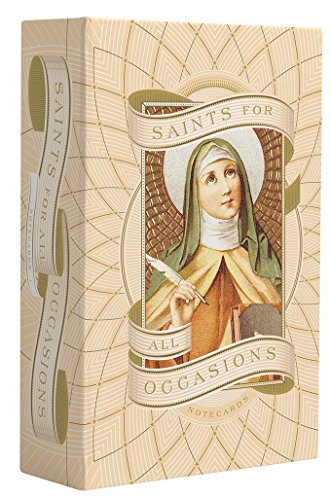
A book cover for Saints for All Occasions Notecards; Barbara Calamari; Arts & Photography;